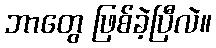
ဘာတွေ ဖြစ်ခဲ့ပြီလဲ။